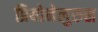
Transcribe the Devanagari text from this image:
प्रियोनेलुरुस